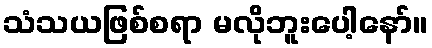
သံသယဖြစ်စရာ မလိုဘူးပေါ့နော်။